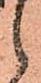
候